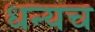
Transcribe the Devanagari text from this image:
धन्यच